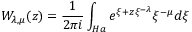
W _ { \lambda , \mu } ( z ) = \frac { 1 } { 2 \pi i } \int _ { H a } e ^ { \xi + z \xi ^ { - \lambda } } \xi ^ { - \mu } { d \xi }